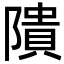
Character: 隤